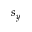
s _ { y }